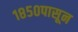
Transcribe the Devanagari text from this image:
१८५०पासून